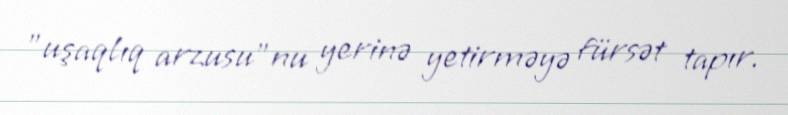
"uşaqlıq arzusu"nu yerinə yetirməyə fürsət tapır.